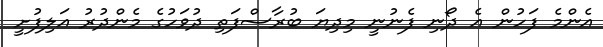
އެންމެ ފަހުން އެ ދޯނި ފެނުނީ މިދިޔަ ބުރާސްފަތި ދުވަހުގެ މެންދުރު އަލިފުށީ